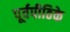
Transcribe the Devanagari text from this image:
पूर्वपीठिके